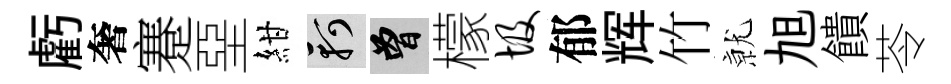
虧奢蹇堊紺軻曾檬圾郁辉竹𭕒旭饋苓